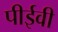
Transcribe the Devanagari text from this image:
पीईवी